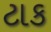
ટાક